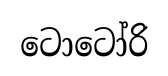
ටොටෝරි